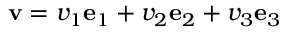
\mathbf { v } = v _ { 1 } \mathbf { e } _ { 1 } + v _ { 2 } \mathbf { e } _ { 2 } + v _ { 3 } \mathbf { e } _ { 3 }